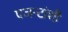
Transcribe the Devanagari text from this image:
एजन्टांशी